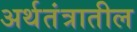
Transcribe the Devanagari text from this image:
अर्थतंत्रातील